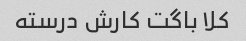
کلا باگت کارش درسته